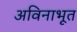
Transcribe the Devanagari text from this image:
अविनाभूत